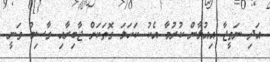
އަދި ނަތީޖާ އިއުލާން ކުރުމާ އެކު ކަހަލަ ގޮތަކަށް ޖާބިރާއި ގާސިމް ވަނީ